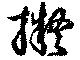
擬